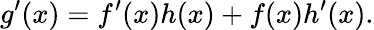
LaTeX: g^{\prime}(x)=f^{\prime}(x)h(x)+f(x)h^{\prime}(x).